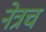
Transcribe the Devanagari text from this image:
नेत्रच